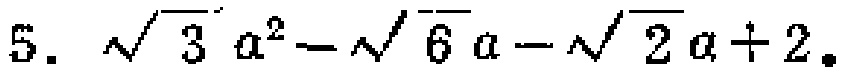
$5.\ \sqrt{3}a^{2}-\sqrt{6}a - \sqrt{2}a + 2$